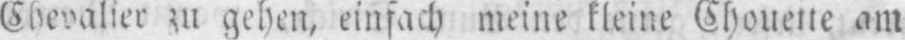
Chevalier zu gehen, einfach meine kleine Chouette am